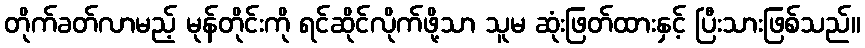
တိုက်ခတ်လာမည့် မုန်တိုင်းကို ရင်ဆိုင်လိုက်ဖို့သာ သူမ ဆုံးဖြတ်ထားနှင့် ပြီးသားဖြစ်သည်။